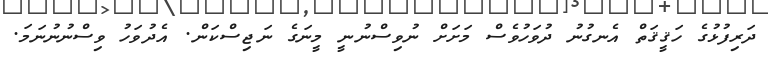
ދަރިފުޅުގެ ހަޤީޤަތް އެނގުނު ދުވަހުވެސް މަށަށް ނުވިސްނުނީ މީނަގެ ނަޖިސްކަން. އެދުވަހު ވިސްނުނުނަމަ.